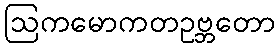
ဩကမောကတဥဗ္ဘတော